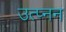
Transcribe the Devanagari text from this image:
उत्प्नन